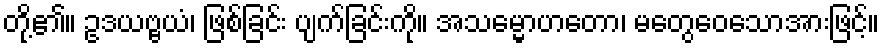
တို့၏။ ဥဒယဗ္ဗယံ၊ ဖြစ်ခြင်း ပျက်ခြင်းကို။ အသမ္မောဟတော၊ မတွေဝေသောအားဖြင့်။